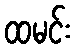
ထမင်း